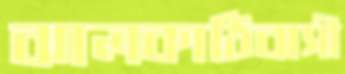
ঝালকাঠিবাসী